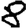
Digit: 8